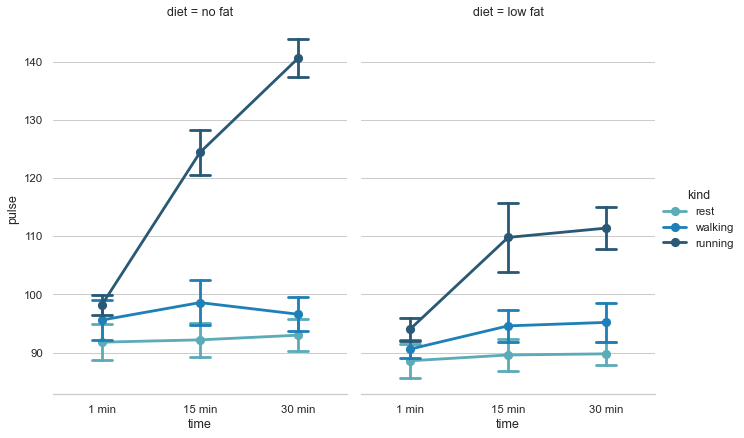
python, seaborn, catplot